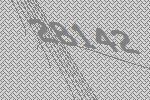
28142